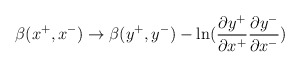
\begin{align*}\beta(x^{+}, x^{-}) \rightarrow \beta(y^{+}, y^{-}) -\ln ({\partial y^{+} \over\partial x^{+}} { \partial y^{-} \over \partial x^{-}})\end{align*}